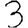
Digit: 3